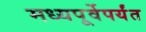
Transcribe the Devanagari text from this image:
मध्यपूर्वेपर्यंत